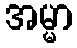
အမ္မာ